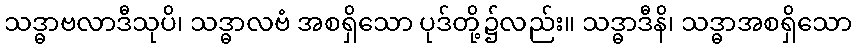
သဒ္ဓာဗလာဒီသုပိ၊ သဒ္ဓာလဗံ အစရှိသော ပုဒ်တို့၌လည်း။ သဒ္ဓာဒီနိ၊ သဒ္ဓာအစရှိသော